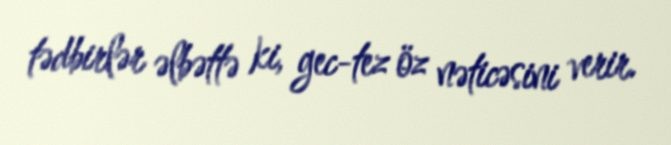
tədbirlər əlbəttə ki, gec-tez öz nəticəsini verir.